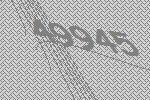
49945